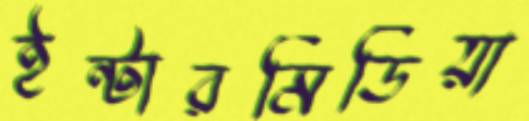
ইন্টারমিডিয়া